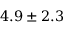
4 . 9 \pm 2 . 3